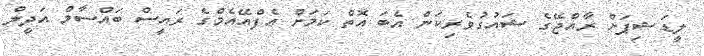
ލީޑަޝިޕަށް ރާއްޖޭގެ ޝައުގުވެރިކަން އެބަ އޮތް ކަމަށް އެފްއޭއެމްގެ ރައީސް ބައްސާމް އަދީލް